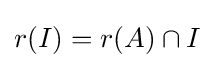
r(I)=r(A)\cap I